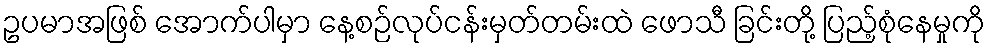
ဥပမာအဖြစ် အောက်ပါမှာ နေ့စဉ်လုပ်ငန်းမှတ်တမ်းထဲ ဖောသီ ခြင်းတို့ ပြည့်စုံနေမှုကို